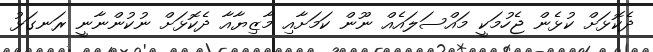
ދެކޮޅަށް ކުޅެން ޖެހުމަކީ މައްސަލައެއް ނޫން ކަމަށާއި މާޒިޔާއާ ދެކޮޅަށް ނުކުންނާނީ ރަނގަޅު